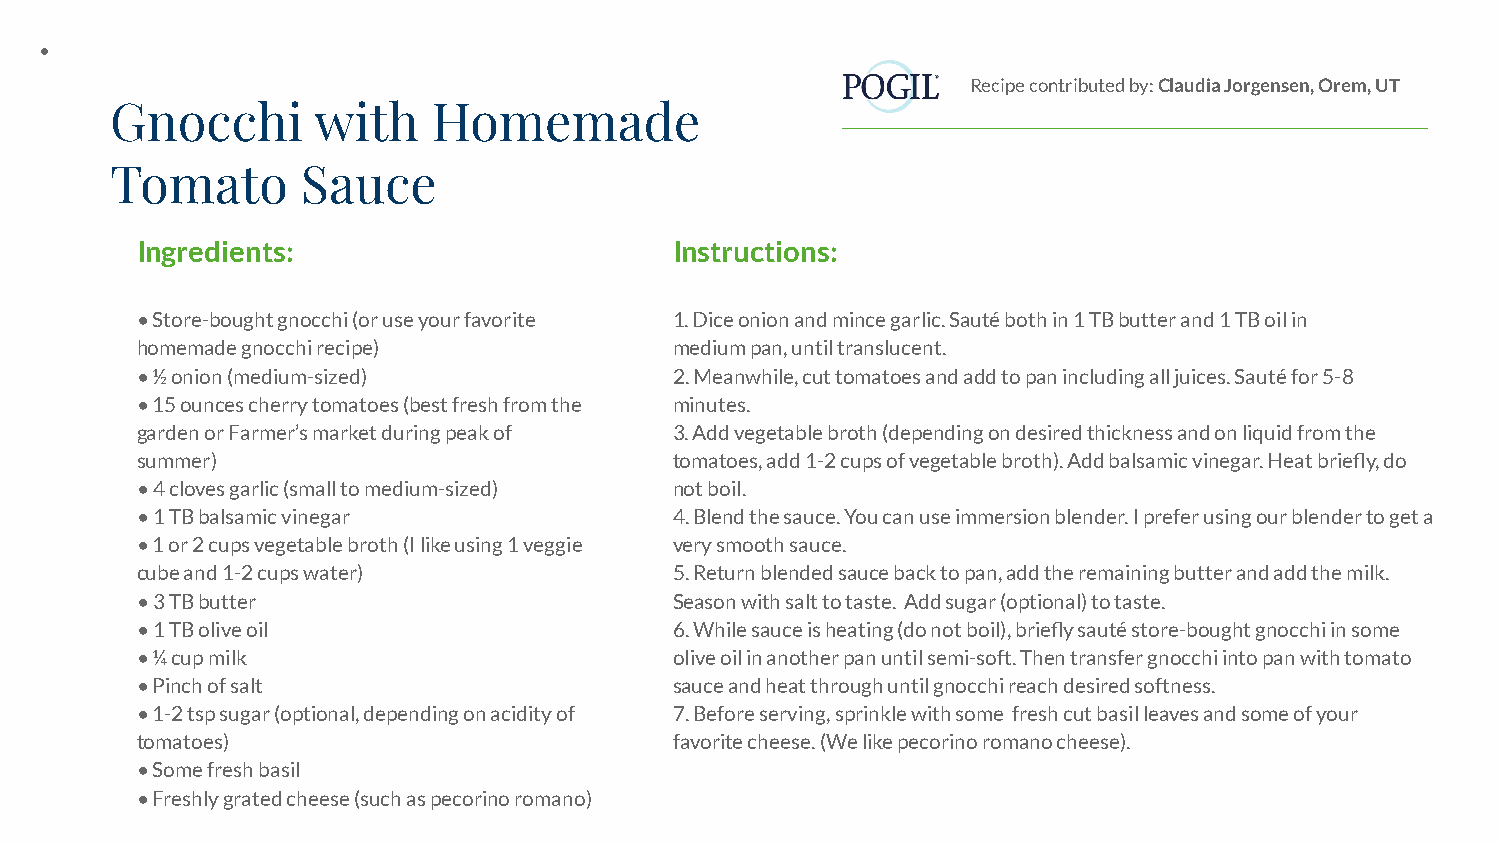
•
 Recipe contributed by: Claudia Jorgensen, Orem, UT
 Gnocchi       with    Homemade
 Tomato       Sauce
 Ingredients:                        Instructions:
 • Store-bought gnocchi (or use your favorite 1. Dice onion and mince garlic. Sauté both in 1 TB butter and 1 TB oil in
 homemade gnocchi recipe)            medium pan, until translucent.
 • ½ onion (medium-sized)            2. Meanwhile, cut tomatoes and add to pan including all juices. Sauté for 5-8
 • 15 ounces cherry tomatoes (best fresh from the minutes.
 garden or Farmer’s market during peak of 3. Add vegetable broth (depending on desired thickness and on liquid from the
 summer)                             tomatoes, add 1-2 cups of vegetable broth). Add balsamic vinegar. Heat briefly, do
 • 4 cloves garlic (small to medium-sized) not boil.
 • 1 TB balsamic vinegar             4. Blend the sauce. You can use immersion blender. I prefer using our blender to get a
 • 1 or 2 cups vegetable broth (I like using 1 veggie very smooth sauce.
 cube and 1-2 cups water)            5. Return blended sauce back to pan, add the remaining butter and add the milk.
 • 3 TB butter                       Season with salt to taste. Add sugar (optional) to taste.
 • 1 TB olive oil                    6. While sauce is heating (do not boil), briefly sauté store-bought gnocchi in some
 • ¼ cup milk                        olive oil in another pan until semi-soft. Then transfer gnocchi into pan with tomato
 • Pinch of salt                     sauce and heat through until gnocchi reach desired softness.
 • 1-2 tsp sugar (optional, depending on acidity of 7. Before serving, sprinkle with some fresh cut basil leaves and some of your
 tomatoes)                           favorite cheese. (We like pecorino romano cheese).
 • Some fresh basil
 • Freshly grated cheese (such as pecorino romano)